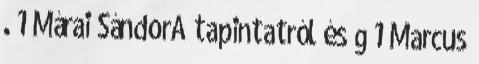
. 1 Márai SándorA tapintatról és g 1 Marcus